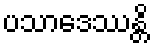
ပသာဒေဿန္တိ